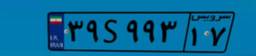
۱۳S۲۵۰۰۹